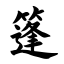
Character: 篷